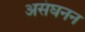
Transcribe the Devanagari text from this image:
असंघनन